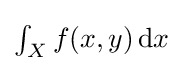
{\textstyle \int _{X}f(x,y)\,\mathrm {d} x}